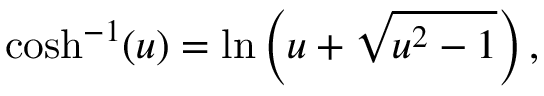
\cosh ^ { - 1 } ( u ) = \ln \left( u + \sqrt { u ^ { 2 } - 1 } \right) ,